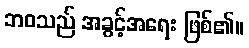
ဘဝသည် အခွင့်အရေး ဖြစ်၏။